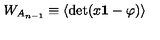
W _ { A _ { n - 1 } } \equiv \langle \mathrm { d e t } ( x { \bf 1 } - \varphi ) \rangle